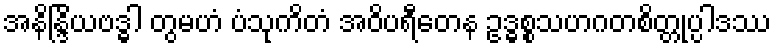
အနိန္ဒြိယဗဒ္ဓါ တွမဟံ ပံသုကိတံ အဝိပရီတေန ဥဒ္ဓစ္စသဟဂတစိတ္တုပ္ပါဒဿ